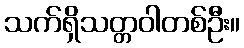
သက်ရှိသတ္တဝါတစ်ဦး။